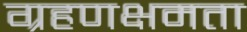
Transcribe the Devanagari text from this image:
ग्रहणक्षमता